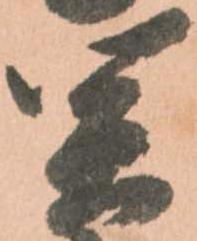
関